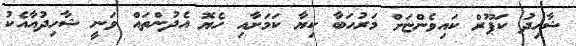
ޝާހިދު ކަޕޫރް ކައިވެންޏަށް މަރުހަބާ ކިޔާ ކަމަށާއި ހެޔޮ އެދުންތައް ވަނީ ޝާހިދުއާއެކު